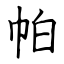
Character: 帕